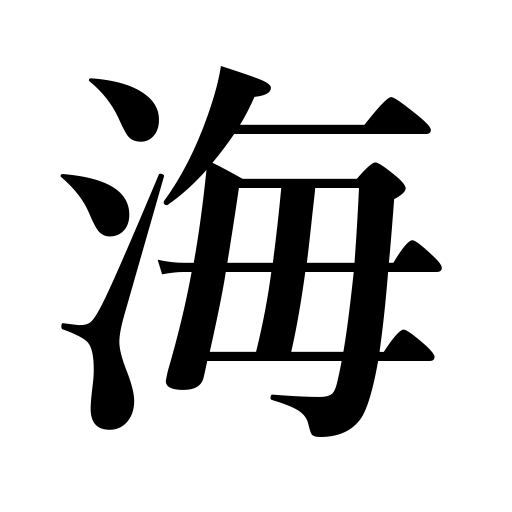
Meanings: sea,ocean